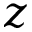
z